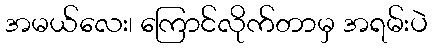
အမယ်လေး၊ ကြောင်လိုက်တာမှ အရမ်းပဲ